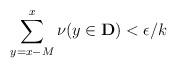
LaTeX: \begin{align*}\sum_{y=x-M}^{x}\nu(y\in\mathbf{D})<\epsilon/k\end{align*}